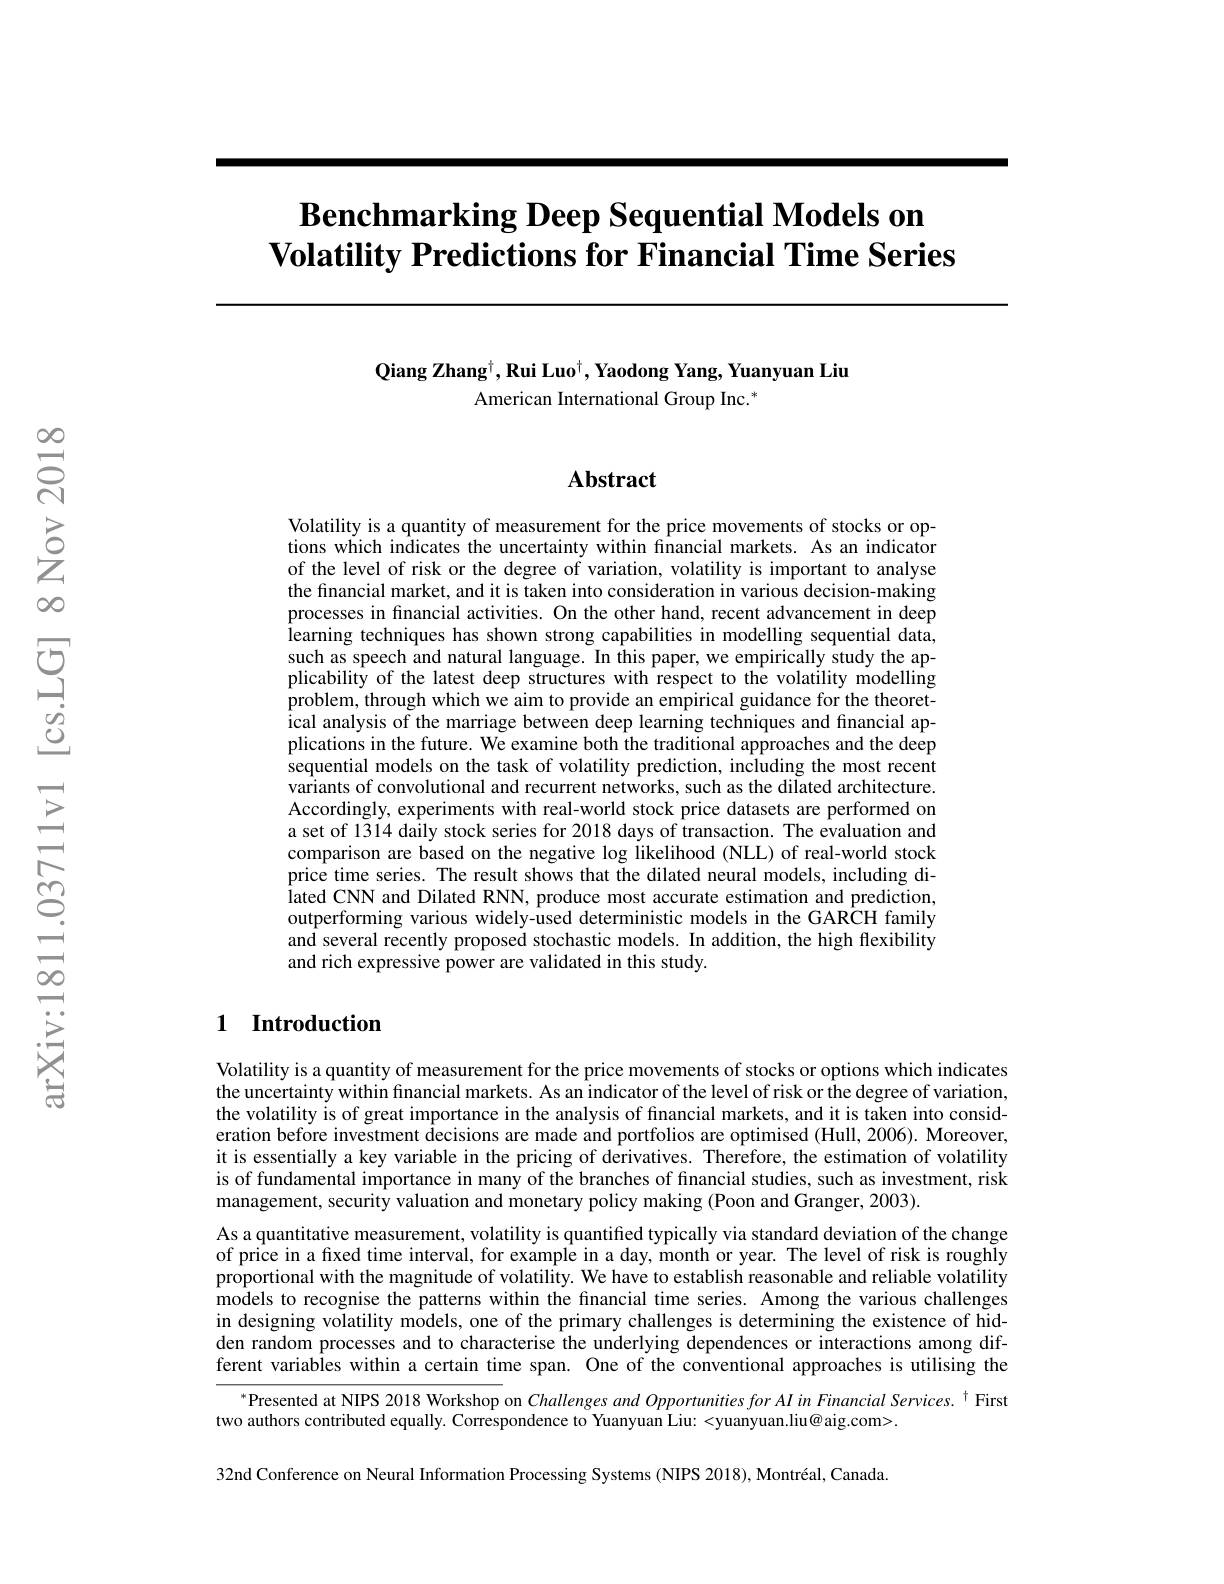
# $\textbf{Benchmarking Deep Sequential Models on}$ Volatility Predictions for Financial Time Series

# Qiang Zhang$^\dagger , \textbf{Rui Luo}^\dagger , \textbf{Yaodong Yang, Yuanyuan Liu}$ American International Group Inc.$^*$

$ਨ੍ત^\infty$

## Abstract

Volatility is a quantity of measurement for the price movements of stocks or options which indicates the uncertainty within financial markets. As an indicator of the level of risk or the degree of variation, volatility is important to analyse the financial market, and it is taken into consideration in various decision-making processes in financial activities. On the other hand, recent advancement in deep learning techniques has shown strong capabilities in modelling sequential data, such as speech and natural language. In this paper, we empirically study the applicability of the latest deep structures with respect to the volatility modelling problem, through which we aim to provide an empirical guidance for the theoretical analysis of the marriage between deep learning techniques and financial applications in the future. We examine both the traditional approaches and the deep sequential models on the task of volatility prediction, including the most recent variants of convolutional and recurrent networks, such as the dilated architecture. Accordingly, experiments with real-world stock price datasets are performed on a set of 1314 daily stock series for 2018 days of transaction. The evaluation and comparison are based on the negative log likelihood (NLL) of real-world stock price time series. The result shows that the dilated neural models, including dilated CNN and Dilated RNN, produce most accurate estimation and prediction, outperforming various widely-used deterministic models in the GARCH family and several recently proposed stochastic models. In addition, the high flexibility and rich expressive power are validated in this study.

## 1 Introduction

Volatility is a quantity of measurement for the price movements of stocks or options which indicates the uncertainty within financial markets. As an indicator of the level of risk or the degree of variation, the volatility is of great importance in the analysis of fnancial markets, and it is taken into consideration before investment decisions are made and portfolios are optimised (Hull, 2006). Moreover, it is essentially a key variable in the pricing of derivatives. Therefore, the estimation of volatility is of fundamental importance in many of the branches of financial studies, such as investment, risk management, security valuation and monetary policy making (Poon and Granger, 2003).
As a quantitative measurement, volatility is quantified typically via standard deviation of the change of price in a fıxed time interval, for example in a day, month or year. The level of risk is roughly $\hat{\text{proportional with the magnitude of volatility. We have to establish reasonable and reliable volatility}}$ models to recognise the patterns within the financial time series. Among the various challenges in designing volatility models, one of the primary challenges is determining the existence of hidden random processes and to characterise the underlying dependences or interactions among different variables within a certain time span. One of the conventional approaches is utilising the
$^{*}$Presented at NIPS 2018 Workshop on Challenges and Opportunities for AI in Financial Services. $^{\dagger}$ First
two authors contributed equally. Correspondence to Yuanyuan Liu: <yuanyuan.liu@aig.com>.

32nd Conference on Neural Information Processing Systems (NIPS 2018), Montréal, Canada